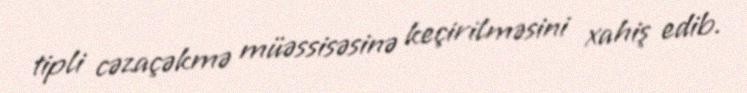
tipli cəzaçəkmə müəssisəsinə keçirilməsini xahiş edib.